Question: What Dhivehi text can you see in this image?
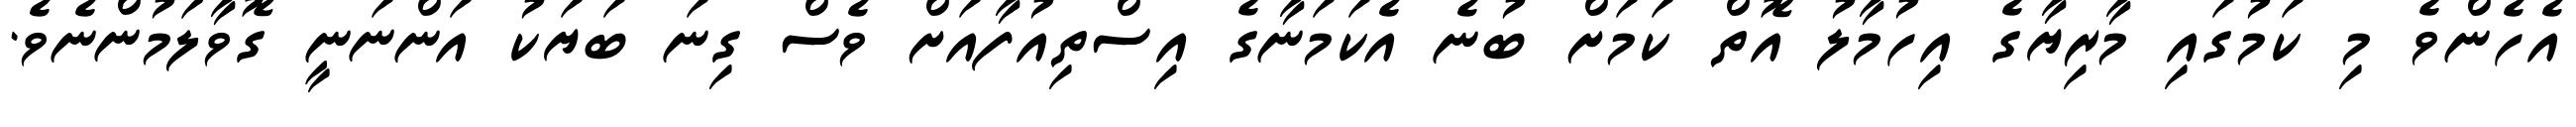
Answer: އެހެންވެ މި ކަމުގައި މާރިޔާގެ އިހުމާލު އޮތް ކަމަށް ބުނެ އެކަމަނާގެ އިސްތިއުފާއަށް ވެސް ގިނަ ބަޔަކު އަންނަނީ ގޮވާލަމުންނެވެ.